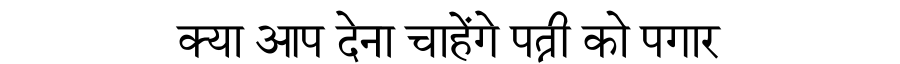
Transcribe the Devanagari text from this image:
क्या आप देना चाहेंगे पत्नी को पगार